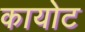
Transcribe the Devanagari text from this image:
कायोट